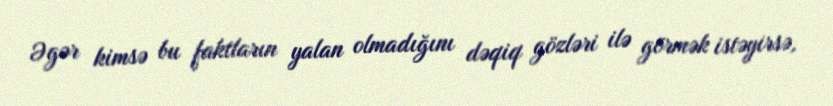
Əgər kimsə bu faktların yalan olmadığını dəqiq gözləri ilə görmək istəyirsə,